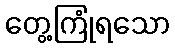
တွေ့ကြုံရသော